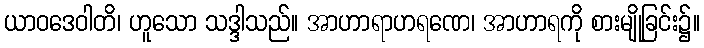
ယာဝဒေဝါတိ၊ ဟူသော သဒ္ဒါသည်။ အာဟာရာဟရဏေ၊ အာဟာရကို စားမျိုခြင်း၌။